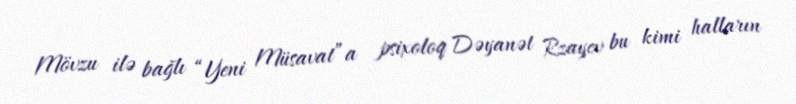
Mövzu ilə bağlı “Yeni Müsavat”a psixoloq Dəyanət Rzayev bu kimi halların